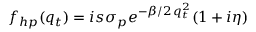
f _ { h p } ( q _ { t } ) = i s \sigma _ { p } e ^ { - \beta / 2 \, q _ { t } ^ { 2 } } ( 1 + i \eta )